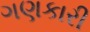
ગણકારી